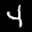
Label: 4